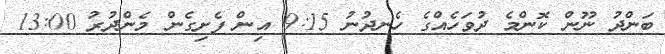
ބަންދު ނޫން ކޮންމެ ދުވަހެއްގެ ހެނދުނު 9:15 އިން ފެށިގެން މެންދުރު 13:00